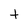
Character: A